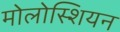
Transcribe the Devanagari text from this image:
मोलोस्शियन